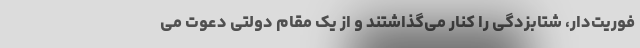
فوریت‌دار، شتابزدگی را کنار می‌گذاشتند و از یک مقام دولتی دعوت می